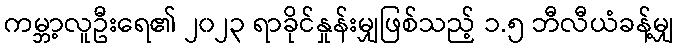
ကမ္ဘာ့လူဦးရေ၏ ၂၀၂၃ ရာခိုင်နှုန်းမျှဖြစ်သည့် ၁.၅ ဘီလီယံခန့်မျှ